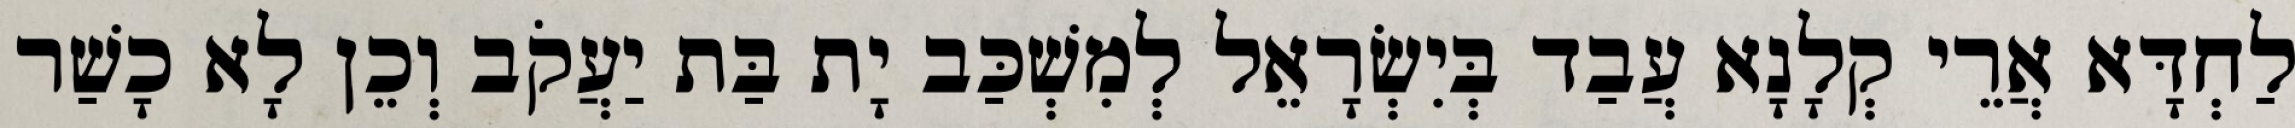
לַחְדָּא אֲרֵי קְלָנָא עֲבַד בְּיִשְׂרָאֵל לְמִשְׁכַּב יָת בַּת יַעֲקֹב וְכֵן לָא כָשַׁר